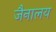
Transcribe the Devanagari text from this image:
जैनालय